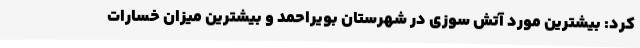
کرد: بیشترین مورد آتش سوزی در شهرستان بویراحمد و بیشترین میزان خسارات